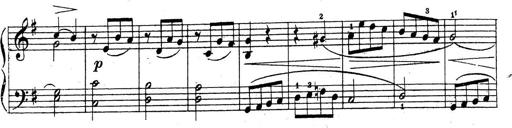
Title: 10 Sonatinas
Composer: Fritz Spindler